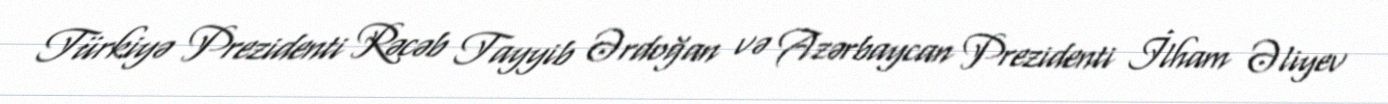
Türkiyə Prezidenti Rəcəb Tayyib Ərdoğan və Azərbaycan Prezidenti İlham Əliyev